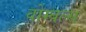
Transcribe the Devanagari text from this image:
वोम्बल्स